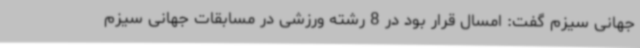
جهانی سیزم گفت: امسال قرار بود در 8 رشته ورزشی در مسابقات جهانی سیزم